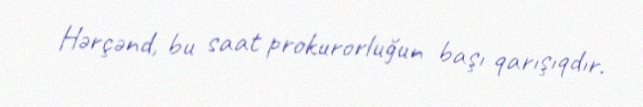
Hərçənd, bu saat prokurorluğun başı qarışıqdır.